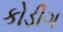
કોડીગ